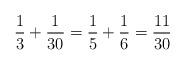
LaTeX: \begin{align*}\frac{1}{3} + \frac{1}{30} = \frac{1}{5} + \frac{1}{ 6} =\frac{11}{30} \end{align*}